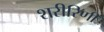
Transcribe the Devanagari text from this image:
शरीरिणी